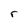
Character: r